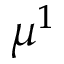
\mu ^ { 1 }